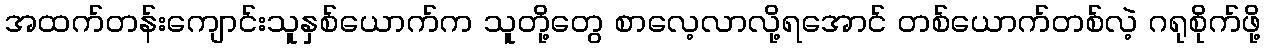
အထက်တန်းကျောင်းသူနှစ်ယောက်က သူတို့တွေ စာလေ့လာလို့ရအောင် တစ်ယောက်တစ်လဲ့ ဂရုစိုက်ဖို့